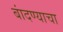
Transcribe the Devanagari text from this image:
बांदण्याचा